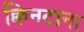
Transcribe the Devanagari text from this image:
क्विनटाना